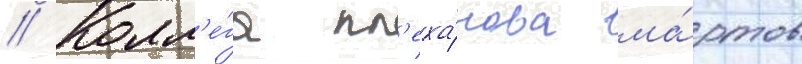
// Колл'е́га пл'еха́нова ма́ртов